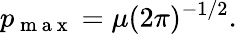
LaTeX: p_{\mathrm{~m~a~x~}}=\mu(2\pi)^{-1/2}.